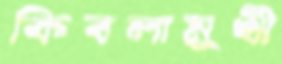
কিবলামুখী